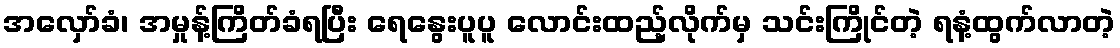
အလှော်ခံ၊ အမှုန့်ကြိတ်ခံရပြီး ရေနွေးပူပူ လောင်းထည့်လိုက်မှ သင်းကြိုင်တဲ့ ရနံ့ထွက်လာတဲ့